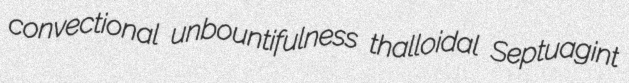
convectional unbountifulness thalloidal Septuagint